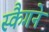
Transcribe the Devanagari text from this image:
स्कैगने